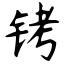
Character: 铐